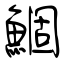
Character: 鯝